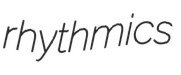
rhythmics